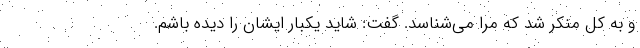
و به کل منکر شد که مرا می‌شناسد. گفت: شاید یکبار ایشان را دیده باشم.